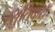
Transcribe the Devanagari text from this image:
स्तुतिकराः